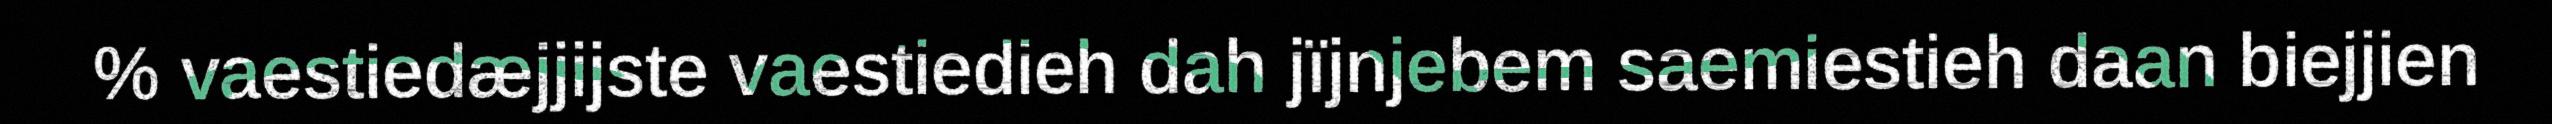
% vaestiedæjjijste vaestiedieh dah jïjnjebem saemiestieh daan biejjien